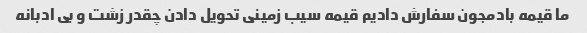
ما قیمه بادمجون سفارش دادیم قیمه سیب زمینی تحویل دادن چقدر زشت و بی ادبانه